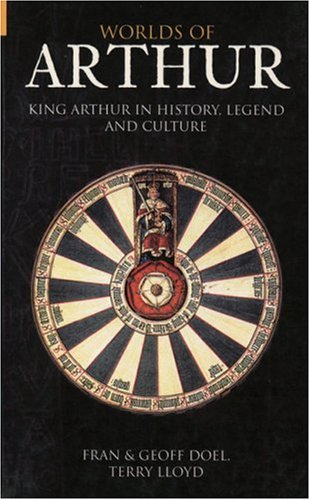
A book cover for Worlds of Arthur: King Arthur in History, Legend and Culture; Fran Doel; Literature & Fiction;